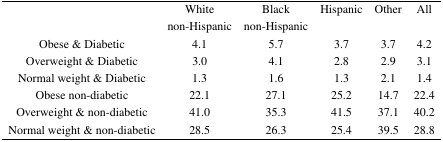
<table><thead><tr><td></td><td><b>White non-Hispanic</b></td><td><b>Black non-Hispanic</b></td><td><b>Hispanic</b></td><td><b>Other</b></td><td><b>All</b></td></tr></thead><tbody><tr><td>Obese &amp; Diabetic</td><td>4.1</td><td>5.7</td><td>3.7</td><td>3.7</td><td>4.2</td></tr><tr><td>Overweight &amp; Diabetic</td><td>3.0</td><td>4.1</td><td>2.8</td><td>2.9</td><td>3.1</td></tr><tr><td>Normal weight &amp; Diabetic</td><td>1.3</td><td>1.6</td><td>1.3</td><td>2.1</td><td>1.4</td></tr><tr><td>Obese non-diabetic</td><td>22.1</td><td>27.1</td><td>25.2</td><td>14.7</td><td>22.4</td></tr><tr><td>Overweight &amp; non-diabetic</td><td>41.0</td><td>35.3</td><td>41.5</td><td>37.1</td><td>40.2</td></tr><tr><td>Normal weight &amp; non-diabetic</td><td>28.5</td><td>26.3</td><td>25.4</td><td>39.5</td><td>28.8</td></tr></tbody></table>